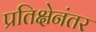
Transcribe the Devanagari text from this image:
प्रतिक्षेनंतर